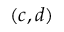
( c , d )